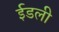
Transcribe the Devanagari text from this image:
ईडली